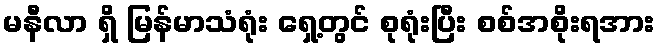
မနီလာ ရှိ မြန်မာသံရုံး ရှေ့တွင် စုရုံးပြီး စစ်အစိုးရအား